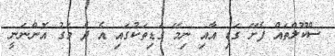
ސްކޫލްތައް ފެށޭ ގަޑި އާއި ނިމޭ ގަޑިތަކުގައި އެ ދެ މަގު އޮންނަނީ